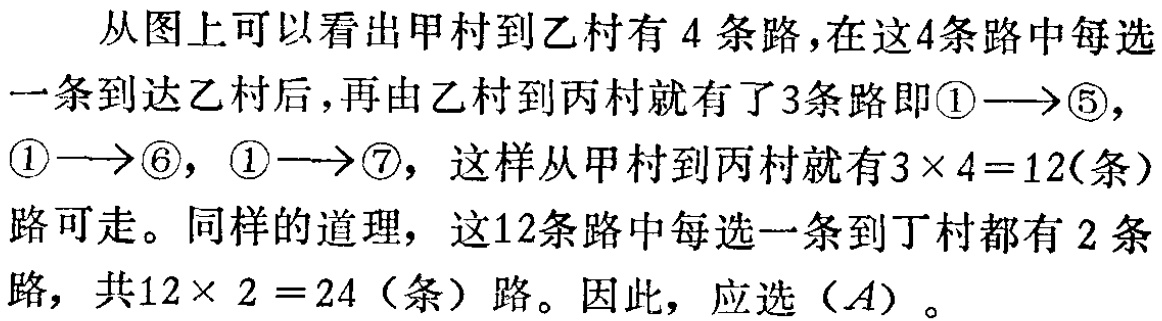
从图上可以看出甲村到乙村有 4 条路，在这4条路中每选一条到达乙村后，再由乙村到丙村就有了3条路即\textcircled{1}$\longrightarrow$\textcircled{5}，\textcircled{1}$\longrightarrow$\textcircled{6}，\textcircled{1}$\longrightarrow$\textcircled{7}，这样从甲村到丙村就有$3\times 4 = 12$(条)路可走。同样的道理，这12条路中每选一条到丁村都有 2 条路，共$12\times 2 = 24$（条）路。因此，应选（$A$）。